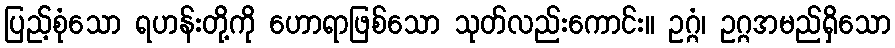
ပြည့်စုံသော ရဟန်းတို့ကို ဟောရာဖြစ်သော သုတ်လည်းကောင်း။ ဥဂ္ဂံ၊ ဥဂ္ဂအမည်ရှိသော